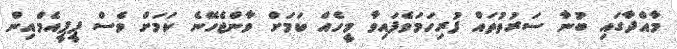
މާއްދާގައި ބުނާ ސަރުތުތައް ފުރިހަމަވެފައިވާ މީހެއް ކަަމަށް ވާންޖެހޭނެ ކަމަށް ވެސް ޕީޕީއެމްއިން